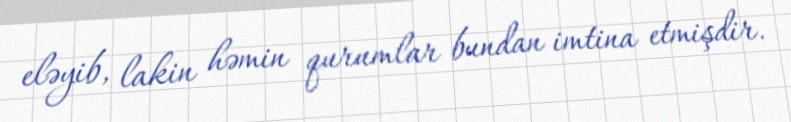
eləyib, lakin həmin qurumlar bundan imtina etmişdir.